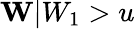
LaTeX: \mathbf{W}|W_{1}>u